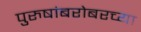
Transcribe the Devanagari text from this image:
पुरुषांबरोबरच्या